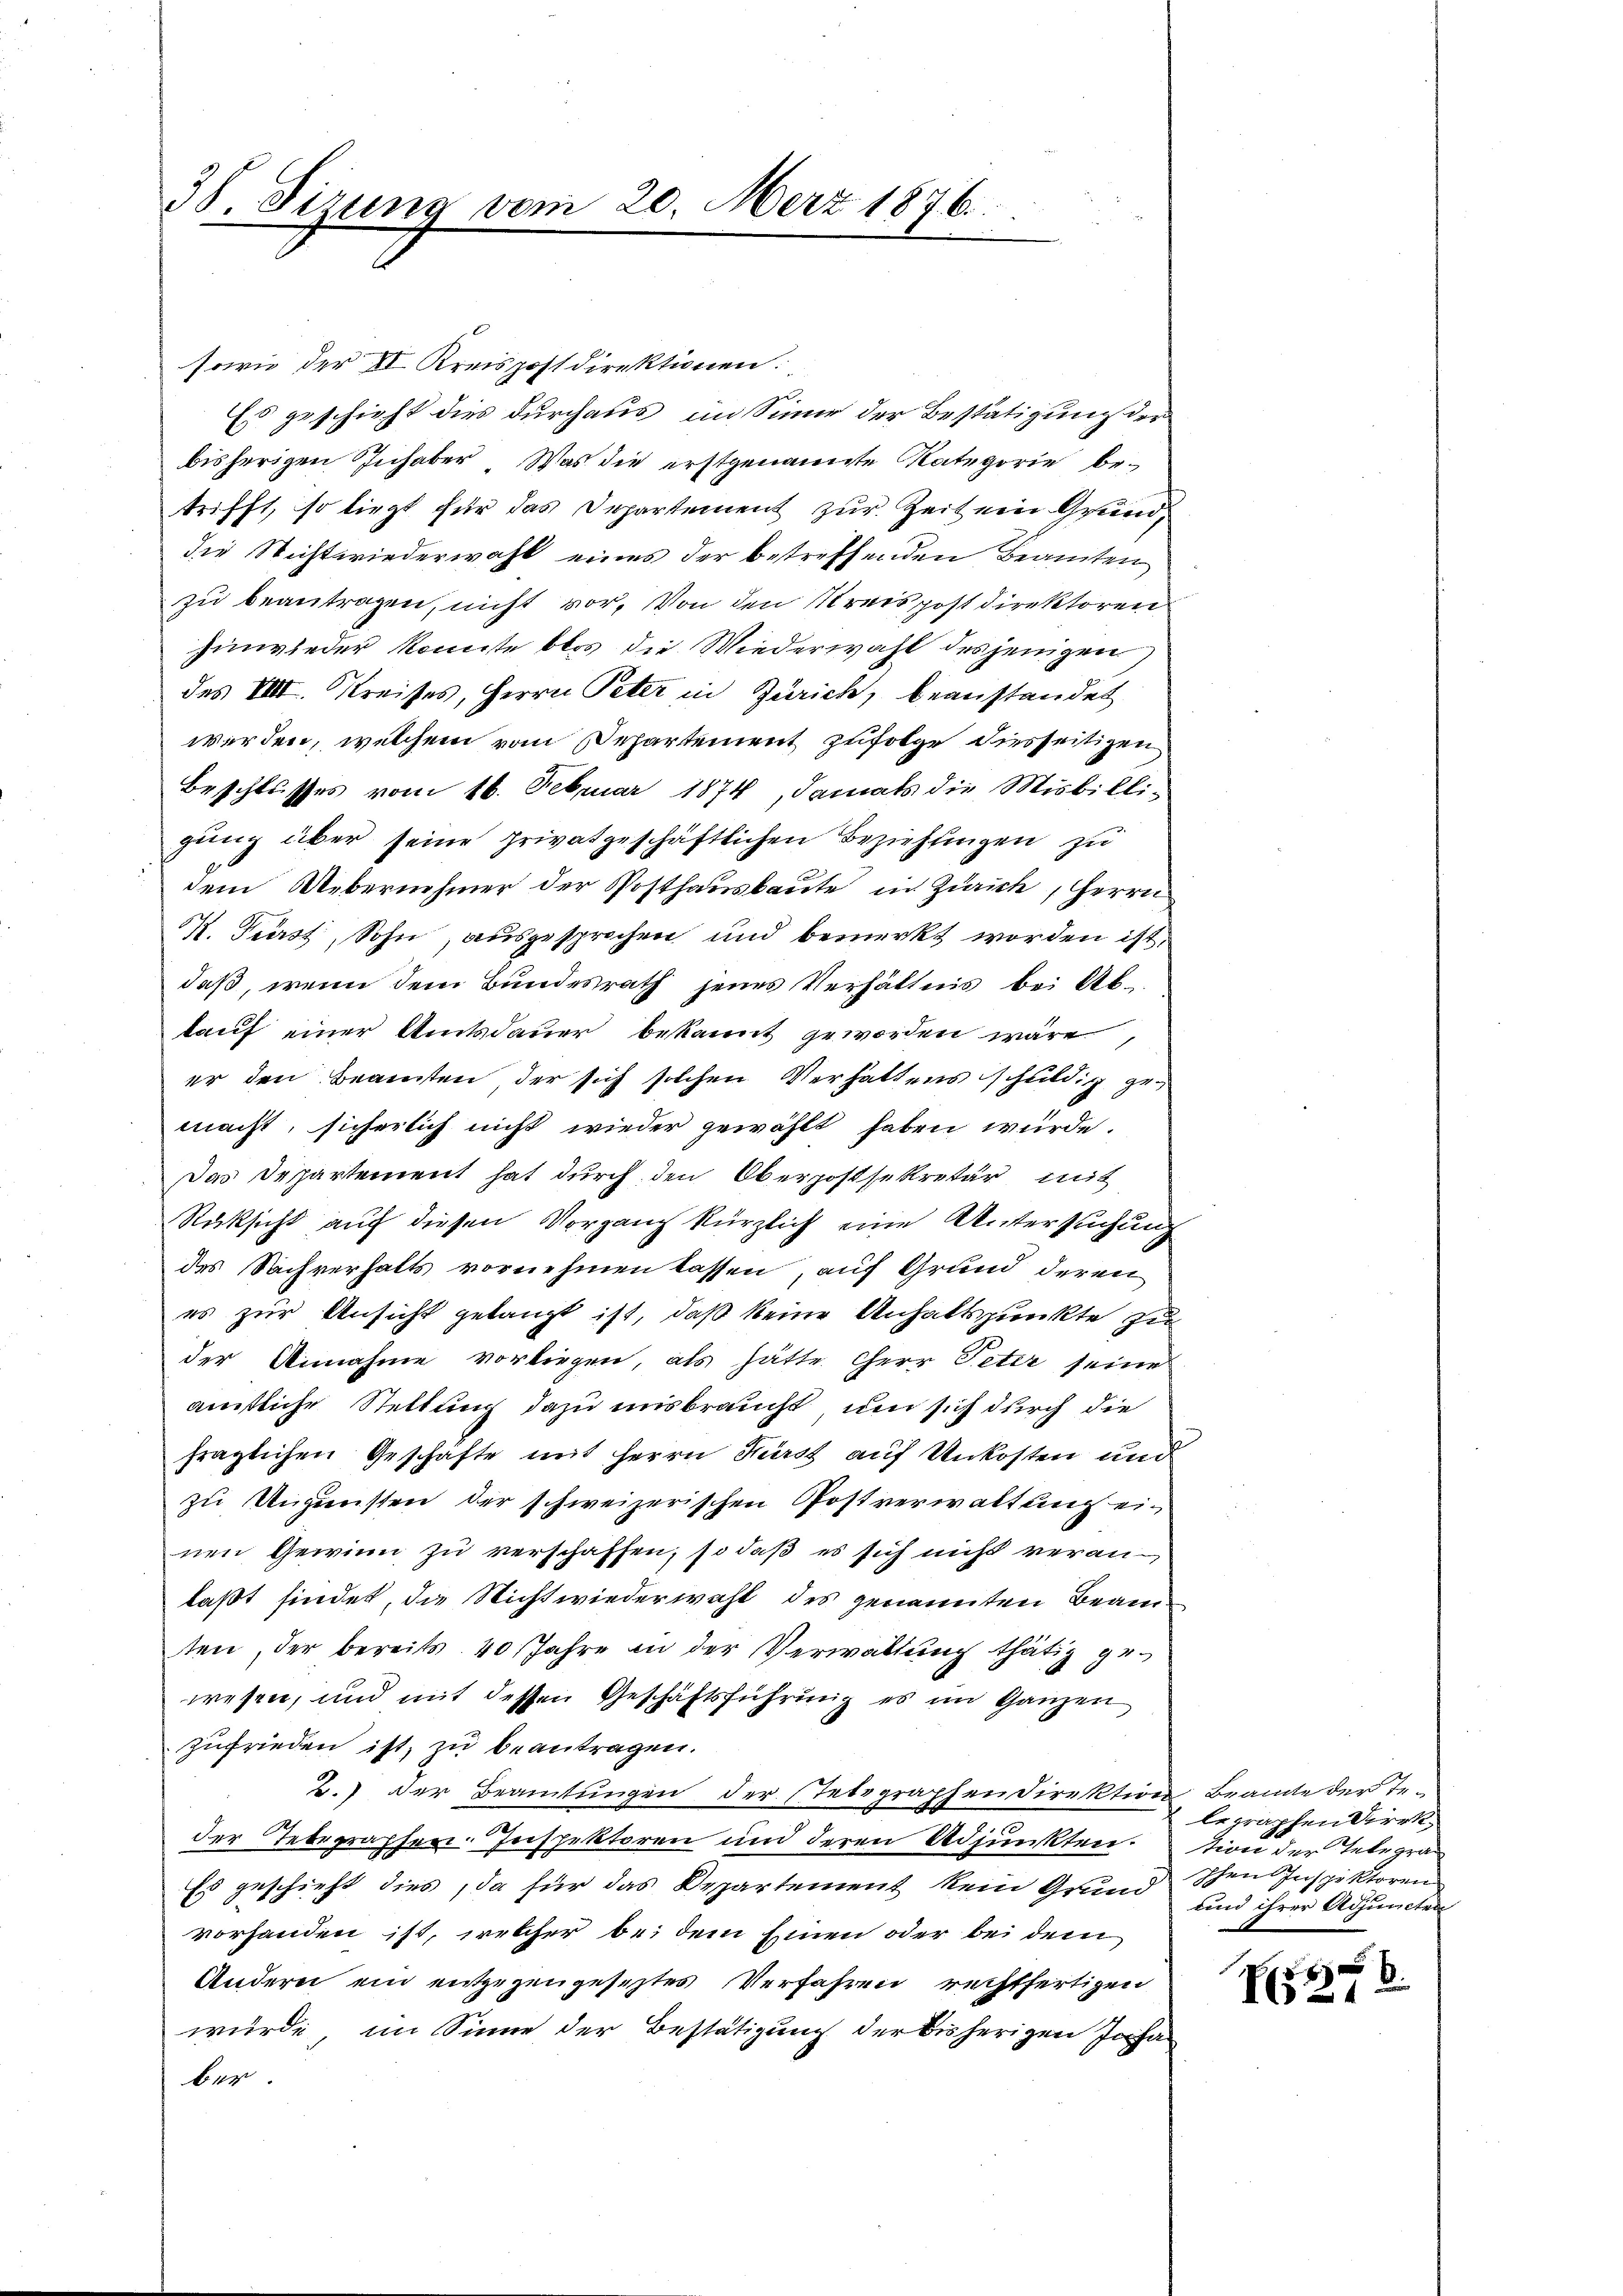
3S. Fizung vom 20. März 1876

sowie der XI Kreispostdirektionen.
Es geschieht dies durchaus im Sinne der Bestätigung der
bisherigen Inhaber Was die erstgenannte Kategorie betrifft, so liegt für das Departement zur Zeit ein Grunddie Nicht wiederwahl eines der betreffenden Beamten
zu beantragen, nicht vor. Von den Kreispost Direktoren
hinwieder konnte blos die Wiederwahl desjenigen
des VIII. Kreises, Herrn Peter in Zürich, beanstandet
werden, welchem vom Dehartement zufolge diesseitigen
Beschlusses vom 16. Februar 1874, damals die Misbilli-
gung über seine privatgeschäftlichen Beziehungen zu
dem Uebernehmer der Posthausbaute in Zürich, Herrn
. Fürst, Sohn, ausgesprochen und bemerkt worden ist.
daß, wenn dem Bundesrath jenes Verhältnis bei Abkauf einer Amtsdauer bekannt geworden wäre,
er den Beamten, der sich solchen Verhaltens schuldig zu
macht, sicherlich nicht wieder gewählt haben würde.
Das Departement hat durch den Oberpostsekretär mit
Rücksicht auf diesen Vorgang kürzlich eine Untersuchung
des Sachverhalts vornehmen lassen, auf Grund deren
es zur Ansicht gelangt ist, daß keine Anhaltspunkte zu
der Annahme vorliegen, als hätte Cherr Peter seine
ämtliche Stellung dazu unsbraucht, um sich durch die
fraglichen Geschäfte mit Herrn Kürst auf Unkosten und
zu Ungünsten der schweizerischen Postverwaltung ein
nen Gewinn zu verschaffen, so daß es sich nicht veranlaßt findet, die Nicht wiederwahl des genannten Beamten, der bereits 40 Jahre in der Verwaltung thätig gewesen, und mit dessen Geschäftsführung es im Ganzen
zufrieden ist, zu beantragen.
B.) Der Beamtungen der Telegraphen Direktion Beamte der Teder Telegraphen. Inspektoren und deren Adjunkten. Dion der Telegra
Es geschieht dies, da für das Departement kein Grund schen Inspektoren
vorhanden ist, welcher bei dem Einen oder bei dem
Anderei ein entgegengeseztes Verfahren rechtfertigen
würde, im Sinne der Bestätigung der bisherigen Johan
ber.

legraphen Direk¬
und ihrer Adjuncten

6
2.